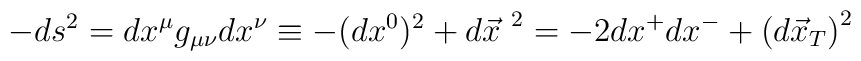
-ds^2=dx^\mu g_{\mu\nu} dx^\nu\equiv -(dx^0)^2+{d\vec x}^{~2}=-2dx^+ dx^- +\left( d\vec x_T\right)^2